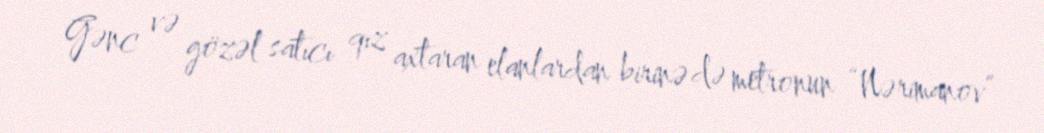
Gənc və gözəl satıcı qız axtaran elanlardan birinə də metronun “Nərimanov”